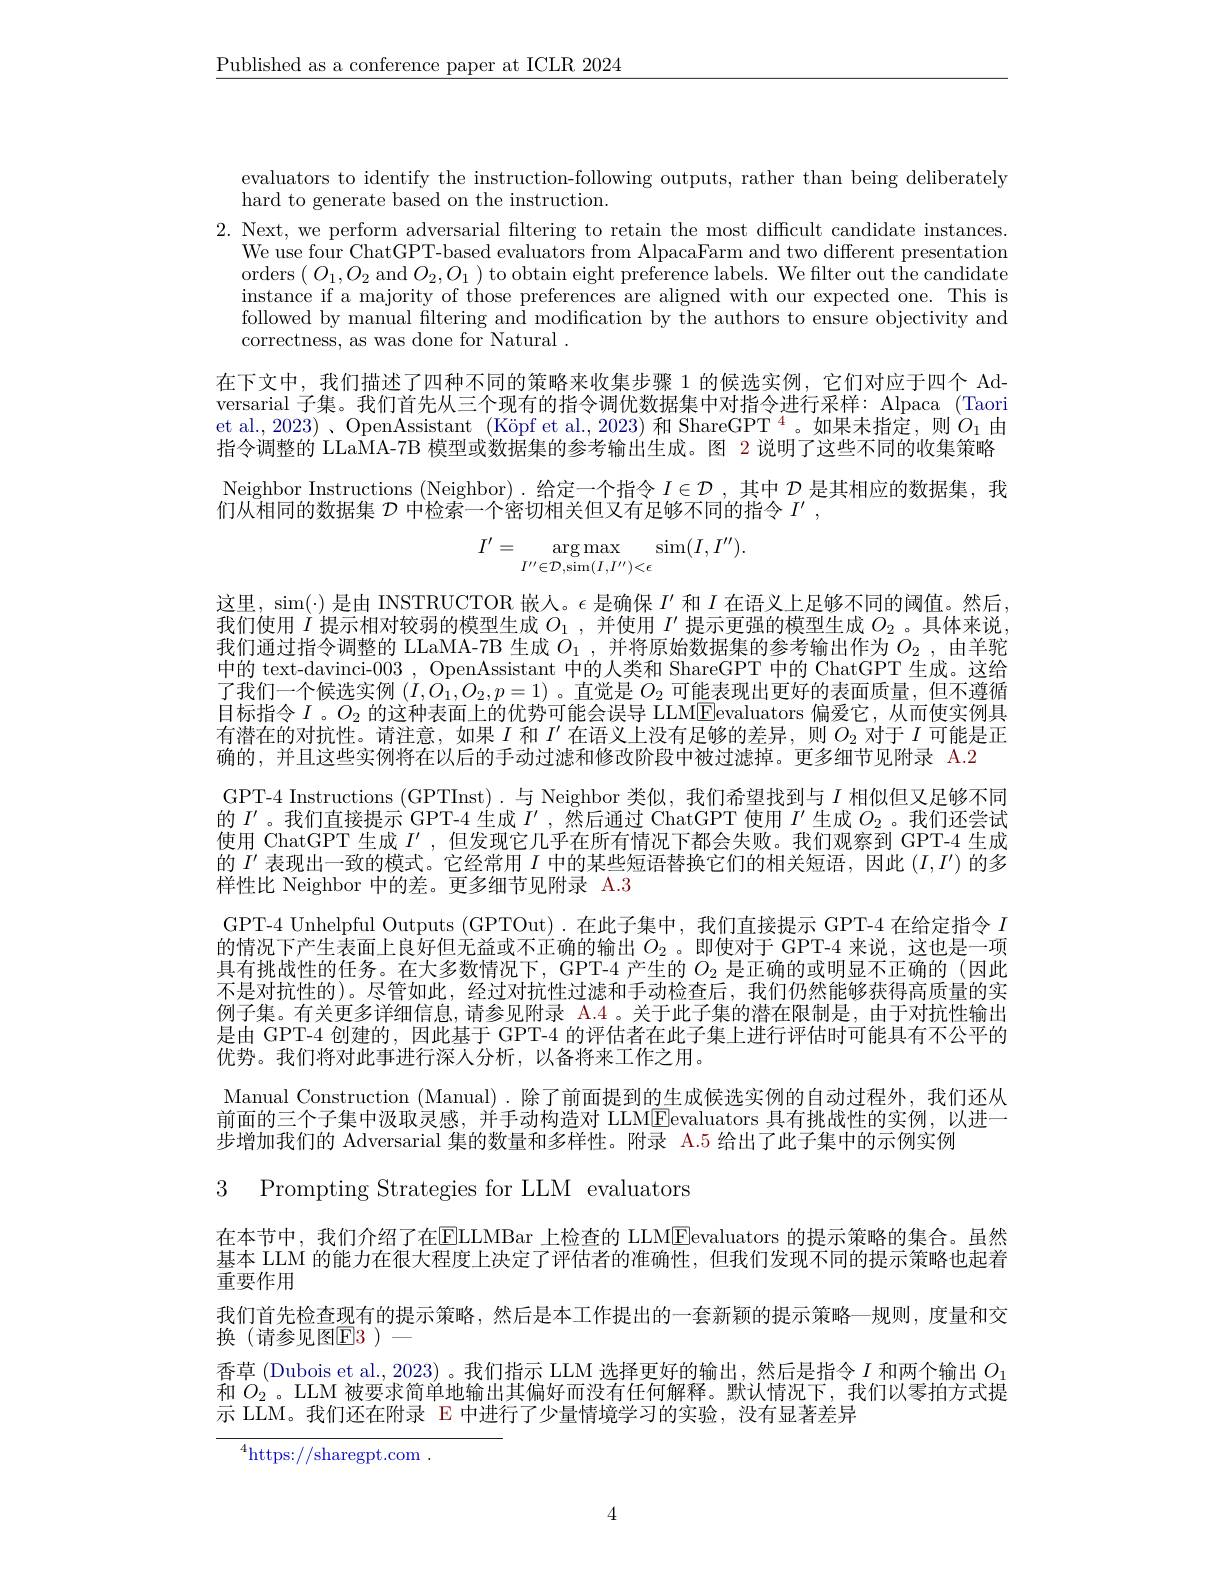
$\underline{\text{Published as a conference paper at ICLR 2024}}$

evaluators to identify the instruction-following outputs, rather than being deliberately
hard to generate based on the instruction.
2. Next, we perform adversarial filtering to retain the most difficult candidate instances
We use four ChatGPT-based evaluators from AlpacaFarm and two different presentation orders $(O_{1},O_{2}$ and $O_{2},O_{1})$ to obtain eight preference labels. We filter out the candidate instance if a majority of those preferences are aligned with our expected one. This is followed by manual filtering and modification by the authors to ensure objectivity and correctness, as was done for Natural .
在下文中，我们描述了四种不同的策略来收集步骤 1 的候选实例，它们对应于四个 Adversarial 子集。我们首先从三个现有的指令调优数据集中对指令进行采样：Alpaca (Taori et al., 2023) 、OpenAssistant (Köpf et al., 2023) 和 ShareGPT $^{4}$。如果未指定，则$O_1$由指令调整的 LLaMA-7B 模型或数据集的参考输出生成。图 2 说明了这些不同的收集策略Neighbor Instructions (Neighbor). 给定一个指令$I\in\mathcal{D}$,其中$\mathcal{D}$是其相应的数据集，我们从相同的数据集$\mathcal{D}$中检索一个密切相关但又有足够不同的指令$I^\prime$,
$$I'=\underset{I''\in\mathcal{D},\sin(I,I'')<\epsilon}{\arg\max}\sin(I,I'').$$
这里，sim(·) 是由 INSTRUCTOR 嵌人。$\epsilon$是确保$I^{\prime}$和$I$在语义上足够不同的阈值。然后我们使用$I$提示相对较弱的模型生成$O_1$,并使用$I^\prime$提示更强的模型生成$O_2$ 。具体来说我们通过指令调整的 LLaMA-7B 生成$O_{1}$ ,并将原始数据集的参考输出作为$O_{2}$ ,由羊驼中的 text-davinci-003 , OpenAssistant 中的人类和 ShareGPT 中的 ChatGPT 生成。这给了我们一个候选实例$(I,\bar{O_1},O_2,p=1)$ 。直觉是$O_2$可能表现出更好的表面质量，但不遵循目标指令$I$ 。$O_2$的这种表面上的优势可能会误导 LLM$\boxed{\mathrm{F}}$evaluators 偏爱它，从而使实例具有潜在的对抗性。请注意，如果$I$和$I^{\prime}$在语义上没有足够的差异，则$O_{2}$对于$I$可能是正确的，并且这些实例将在以后的手动过滤和修改阶段中被过滤掉。更多细节见附录 A.2
GPT-4 Instructions (GPTInst).与 Neighbor 类似，我们希望找到与$I$相似但又足够不同的$I^{\prime}$。我们直接提示 GPT-4 生成$\tilde{I}^{\prime}$,然后通过 ChatGPT 使用$I^\prime$生成$O_2$ 。我们还尝试使用 ChatGPT 生成$I^{\prime}$,但发现它几乎在所有情况下都会失败。我们观察到 GPT-4 生成的$I^{\prime}$表现出一致的模式。它经常用$I$中的某些短语替换它们的相关短语，因此$(I,I^{\prime})$的多样性比 Neighbor 中的差。更多细节见附录 A.3
GPT-4 Unhelpful Outputs (GPTOut).在此子集中，我们直接提示 GPT-4 在给定指令$I$ 的情况下产生表面上良好但无益或不正确的输出$O_{2}$ 。即使对于 GPT-4 来说，这也是一项具有挑战性的任务。在大多数情况下，GPT-4 产生的$O_{2}$是正确的或明显不正确的 (因此不是对抗性的)。尽管如此，经过对抗性过滤和手动检查后，我们仍然能够获得高质量的实例子集。有关更多详细信息，请参见附录 A.4 。关于此子集的潜在限制是，由于对抗性输出是由 GPT-4 创建的，因此基于 GPT-4 的评估者在此子集上进行评估时可能具有不公平的优势。我们将对此事进行深人分析，以备将来工作之用。
Manual Construction (Manual). 除了前面提到的生成候选实例的自动过程外，我们还从前面的三个子集中汲取灵感，并手动构造对 LLMEevaluators 具有挑战性的实例，以进一步增加我们的 Adversarial 集的数量和多样性。附录 A.5 给出了此子集中的示例实例

3 Prompting Strategies for LLM evaluators

在本节中，我们介绍了在$\overline{\mathrm{ELLMBar~上检查的~LLM}}\underline{\mathrm{E}}$evaluators 的提示策略的集合。虽然基本 LLM 的能力在很大程度上决定了评估者的准确性，但我们发现不同的提示策略也起着重要作用
我们首先检查现有的提示策略，然后是本工作提出的一套新颖的提示策略一规则，度量和交
换(请参见图$\mathbb{E}3)-$
香草 (Dubois et al., 2023) 。我们指示 LLM 选择更好的输出，然后是指令$I$和两个输出$O_1$ 和$O_{2}$。LLM 被要求简单地输出其偏好而没有任何解释。默认情况下，我们以零拍方式提示 LLM。我们还在附录 E 中进行了少量情境学习的实验，没有显著差异

$^4$https://sharegpt.com.

4